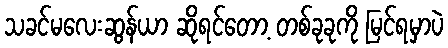
သခင်မလေးဆွန်ယာ ဆိုရင်တော့ တစ်ခုခုကို မြင်ရမှာပဲ